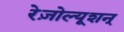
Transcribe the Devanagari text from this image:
रेज़ोल्यूशन्